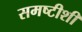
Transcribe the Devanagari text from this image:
समष्टीशी